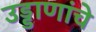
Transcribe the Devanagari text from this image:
उड्डाणांचे